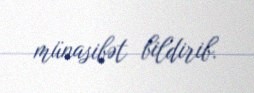
münasibət bildirib.